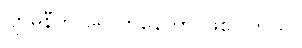
ဂျာမနီကို ရောက်နေတာ ဖြစ်ပါတယ်။